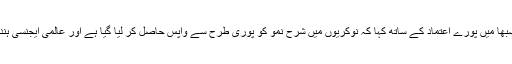
ان سب کے باوجود وزیر اعظم نے لوک سبھا میں پورے اعتماد کے ساتھ کہا کہ نوکریوں میں شرح نمو کو پوری طرح سے واپس حاصل کر لیا گیا ہے اور عالمی ایجنسی ہندوستان کی اس ترقی کی بات کر رہی ہیں۔